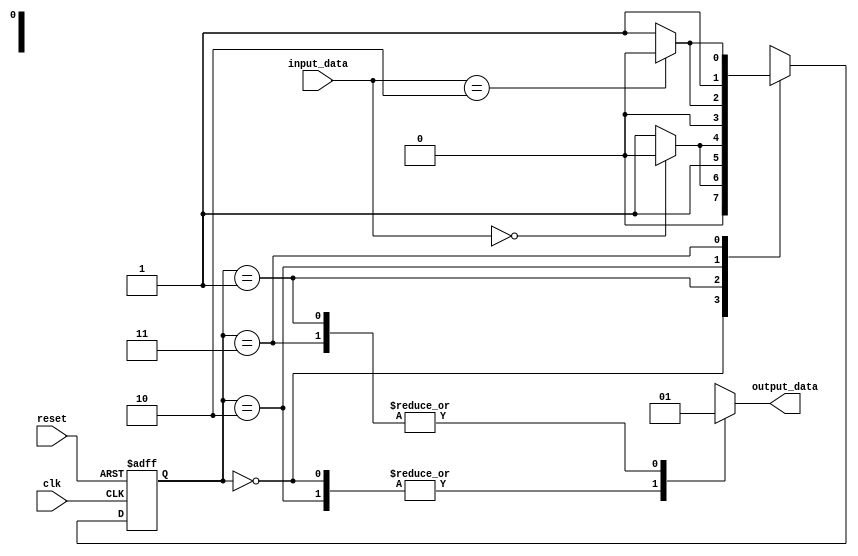
module mealy_state_machine (
    input clk,
    input reset,
    input [1:0] input_data,
    output reg output_data
);

// State register
reg [1:0] state;

// Next state logic
always @ (posedge clk or posedge reset) begin
    if (reset) begin
        state <= 2'b00;
    end else begin
        case (state)
            2'b00: if (input_data == 2'b00) state <= 2'b00; else state <= 2'b01;
            2'b01: if (input_data == 2'b00) state <= 2'b10; else state <= 2'b11;
            2'b10: if (input_data == 2'b10) state <= 2'b00; else state <= 2'b01;
            2'b11: if (input_data == 2'b10) state <= 2'b10; else state <= 2'b11;
            default: state <= 2'b00;
        endcase
    end
end

// Output logic
always @ (state or input_data) begin
    case (state)
        2'b00: output_data = 1'b0;
        2'b01: output_data = 1'b1;
        2'b10: output_data = 1'b0;
        2'b11: output_data = 1'b1;
        default: output_data = 1'b0;
    endcase
end

endmodule